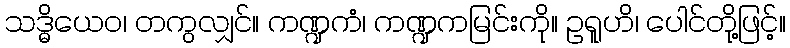
သဒ္ဓိယေဝ၊ တကွလျှင်။ ကဏ္ဍကံ၊ ကဏ္ဍကမြင်းကို။ ဥရူဟိ၊ ပေါင်တို့ဖြင့်။